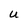
Character: U